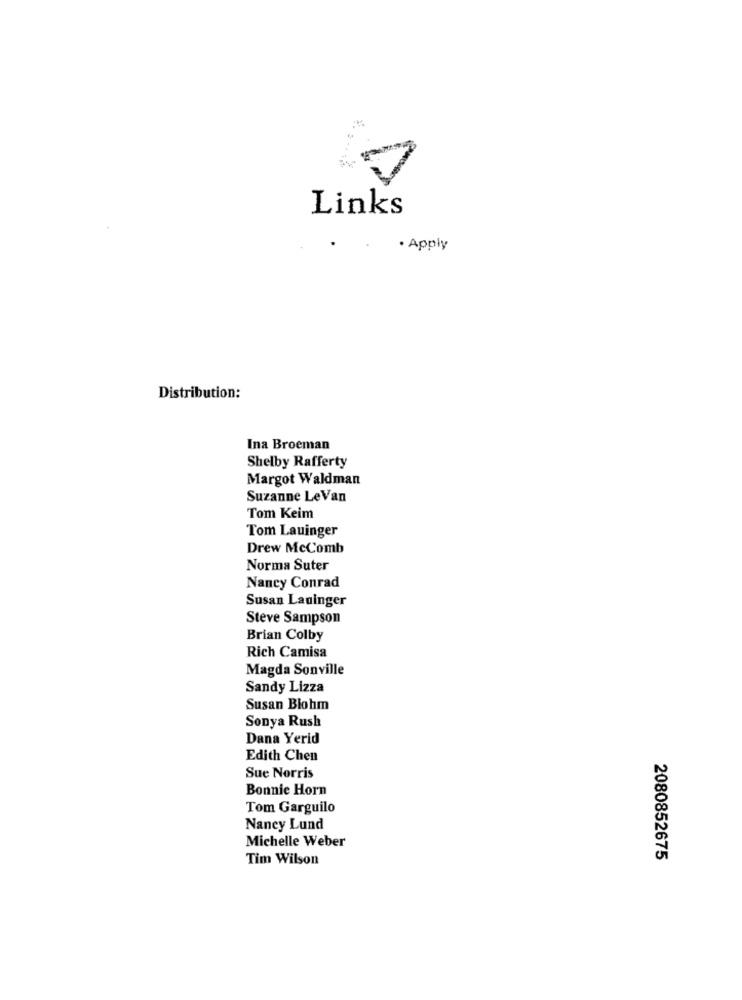
Links
· Apply
Distribution:
Ina Broeman
Shelby Rafferty
Margot Waldman
Suzanne LeVan
Tom Keim
Tom Lauinger
Drew McComb
Norma Suter
Nancy Conrad
Susan Lauinger
Steve Sampson
Brian Colby
Rich Camisa
Magda Sonville
Sandy Lizza
Susan Blohm
Sonya Rush
Dana Yerid
Edith Chen
Sue Norris
Bonnie Horn
Tom Garguilo
Nancy Lund
Michelle Weber
Tim Wilson
2080852675